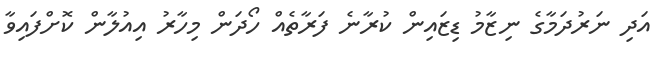
އަދި ނަރުދަމާގެ ނިޒާމު ޑިޒައިން ކުރާނެ ފަރާތެއް ހޯދަން މިހާރު އިއުލާން ކޮށްފައިވާ